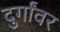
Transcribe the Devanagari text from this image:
दुर्गांवर